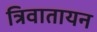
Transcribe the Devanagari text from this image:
त्रिवातायन